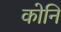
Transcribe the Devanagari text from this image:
कोनि